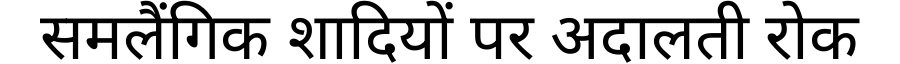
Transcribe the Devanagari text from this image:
समलैंगिक शादियों पर अदालती रोक